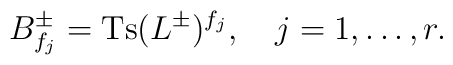
B_{f_j}^{\pm}=\mbox{Ts}(L^{\pm})^{f_j},\quad   j=1,\ldots,r.